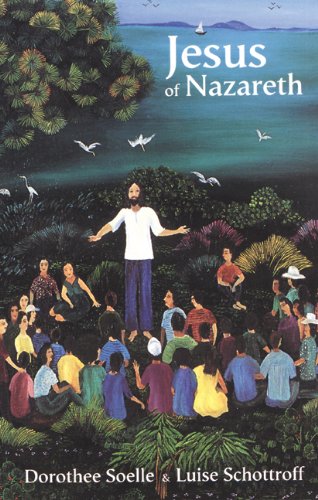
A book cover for Jesus of Nazareth; Dorothee Soelle; Christian Books & Bibles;